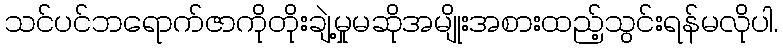
သင်ပင်ဘရောက်ဇာကိုတိုးချဲ့မှုမဆိုအမျိုးအစားထည့်သွင်းရန်မလိုပါ.